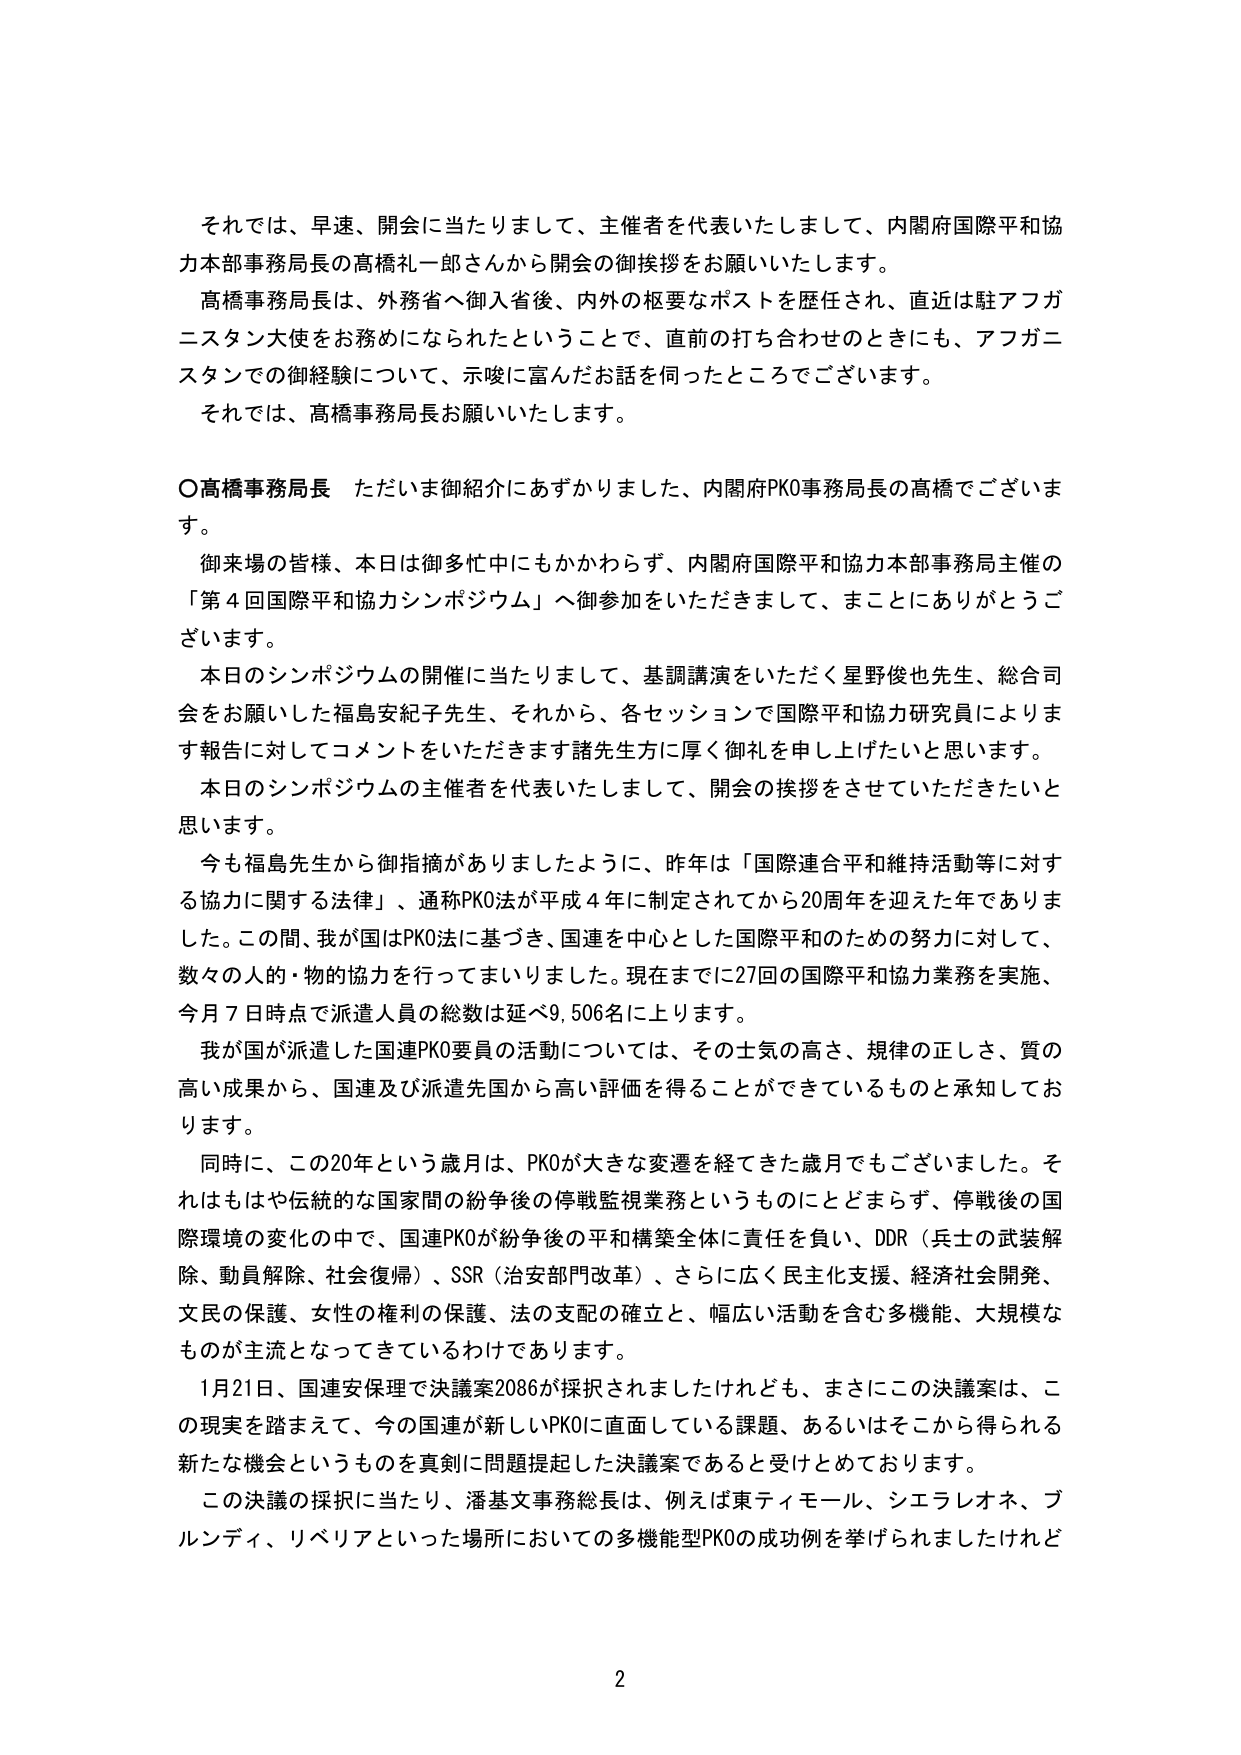
それでは、早速、開会に当たりまして、主催者を代表いたしまして、内閣府国際平和協力本部事務局長の高橋礼一郎さんから開会の御挨拶をお願いいたします。

高橋事務局長は、外務省へ御入省後、内外の枢要なポストを歴任され、直近は駐アフガニスタン大使をお務めになられたということで、直前の打ち合わせのときにも、アフガニスタンでの御経験について、示唆に富んだお話を伺ったところでございます。

それでは、高橋事務局長お願いいたします。

○高橋事務局長 ただいま御紹介にあずかりました、内閣府PKO事務局長の高橋でございます。

御来場の皆様、本日は御多忙中にもかかわらず、内閣府国際平和協力本部事務局主催の「第４回国際平和協力シンポジウム」へ御参加をいただきまして、まことにありがとうございます。

本日のシンポジウムの開催に当たりまして、基調講演をいただく星野俊也先生、総合司会をお願いした福島安紀子先生、それから、各セッションで国際平和協力研究員によります報告に対してコメントをいただきます諸先生方に厚く御礼を申し上げたいと思います。

本日のシンポジウムの主催者を代表いたしまして、開会の挨拶をさせていただきたいと思います。

今も福島先生から御指摘がありましたように、昨年は「国際連合平和維持活動等に対する協力に関する法律」、通称PKO法が平成４年に制定されてから20周年を迎えた年でありました。この間、我が国はPKO法に基づき、国連を中心とした国際平和のための努力に対して、数々の人的・物的協力を行ってまいりました。現在までに27回の国際平和協力業務を実施、今月７日時点で派遣人員の総数は延べ9,506名に上ります。

我が国が派遣した国連PKO要員の活動については、その士気の高さ、規律の正しさ、質の高い成果から、国連及び派遣先国から高い評価を得ることができているものと承知しております。

同時に、この20年という歳月は、PKOが大きな変遷を経てきた歳月でもございました。それはもはや伝統的な国家間の紛争後の停戦監視業務というものにとどまらず、停戦後の国際環境の変化の中で、国連PKOが紛争後の平和構築全体に責任を負い、DDR（兵士の武装解除、動員解除、社会復帰）、SSR（治安部門改革）、さらに広く民主化支援、経済社会開発、文民の保護、女性の権利の保護、法の支配の確立と、幅広い活動を含む多機能、大規模なもののが主流となってきているわけであります。

１月21日、国連安保理で決議案2086が採択されましたけれども、まさにこの決議案は、この現実を踏まえて、今の国連が新しいPKOに直面している課題、あるいはそこから得られる新たな機会というものを真剣に問題提起した決議案であると受けとめております。

この決議の採択に当たり、潘基文事務総長は、例えば東ティモール、シエラレオネ、ブルンディ、リベリアといった場所においての多機能型PKOの成功例を挙げられましたけれど

2